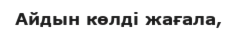
Айдын көлді жағала,